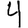
Digit: 4